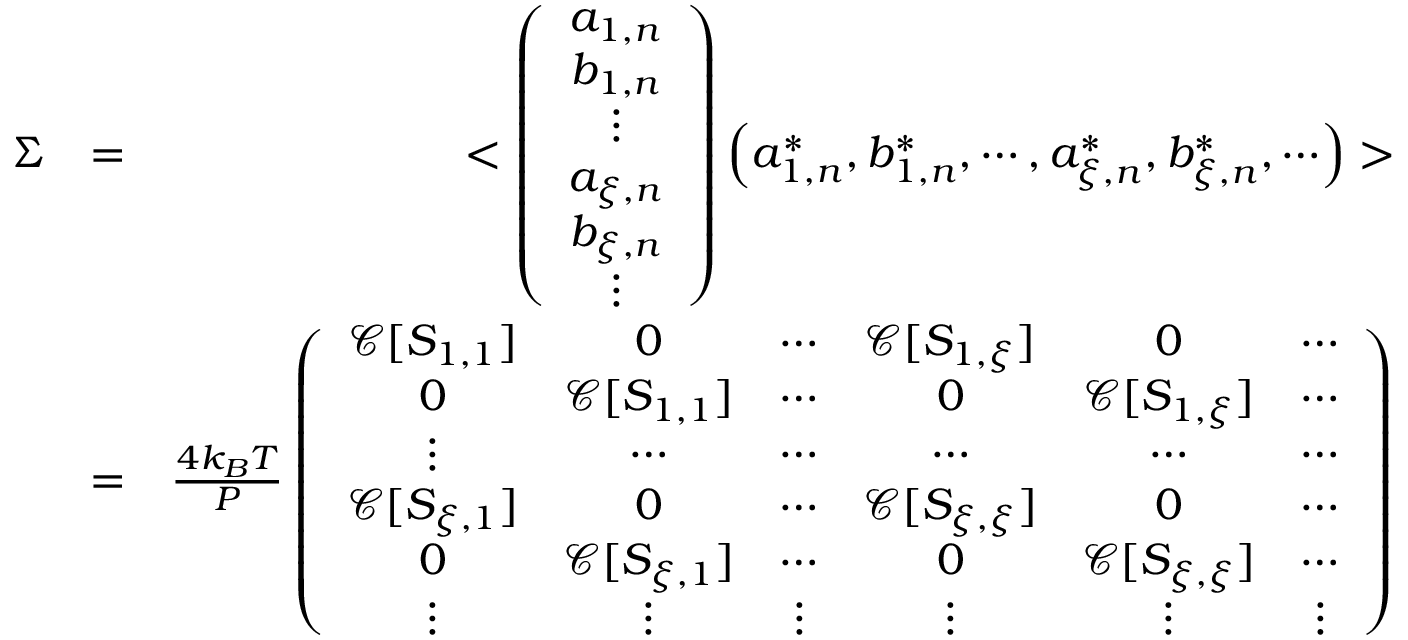
\begin{array} { r l r } { \Sigma } & { = } & { < \left( \begin{array} { c } { a _ { 1 , n } } \\ { b _ { 1 , n } } \\ { \vdots } \\ { a _ { \xi , n } } \\ { b _ { \xi , n } } \\ { \vdots } \end{array} \right) \left( a _ { 1 , n } ^ { * } , b _ { 1 , n } ^ { * } , \cdots , a _ { \xi , n } ^ { * } , b _ { \xi , n } ^ { * } , \cdots \right) > } \\ & { = } & { \frac { 4 k _ { B } T } { P } \left( \begin{array} { c c c c c c } { \mathscr { C } [ S _ { 1 , 1 } ] } & { 0 } & { \cdots } & { \mathscr { C } [ S _ { 1 , \xi } ] } & { 0 } & { \cdots } \\ { 0 } & { \mathscr { C } [ S _ { 1 , 1 } ] } & { \cdots } & { 0 } & { \mathscr { C } [ S _ { 1 , \xi } ] } & { \cdots } \\ { \vdots } & { \cdots } & { \cdots } & { \cdots } & { \cdots } & { \cdots } \\ { \mathscr { C } [ S _ { \xi , 1 } ] } & { 0 } & { \cdots } & { \mathscr { C } [ S _ { \xi , \xi } ] } & { 0 } & { \cdots } \\ { 0 } & { \mathscr { C } [ S _ { \xi , 1 } ] } & { \cdots } & { 0 } & { \mathscr { C } [ S _ { \xi , \xi } ] } & { \cdots } \\ { \vdots } & { \vdots } & { \vdots } & { \vdots } & { \vdots } & { \vdots } \end{array} \right) } \end{array}